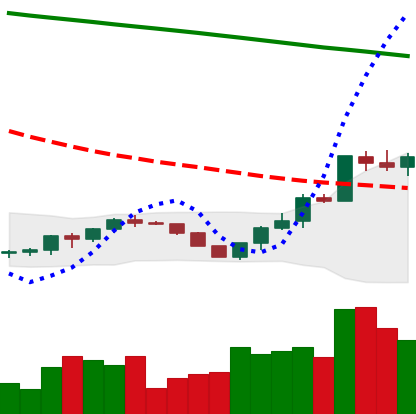
Ticker: ETH-USD
Chart end date: 2022-07-21
Forward return: -8.558%
Label: down_7plus